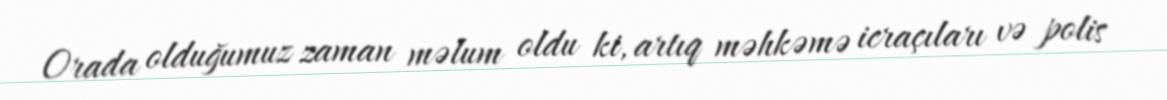
Orada olduğumuz zaman məlum oldu ki, artıq məhkəmə icraçıları və polis